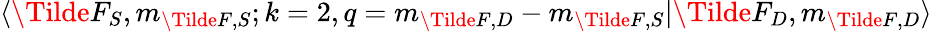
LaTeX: \langle\Tilde{F}_{S},m_{\Tilde{F},S};k=2,q=m_{\Tilde{F},D}-m_{\Tilde{F},S}\lvert\Tilde{F}_{D},m_{\Tilde{F},D}\rangle